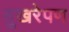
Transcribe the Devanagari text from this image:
दुखरेपण